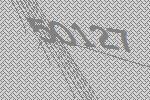
50127